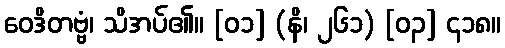
ဝေဒိတဗ္ဗံ၊ သိအပ်၏။ [၀၁] (နိ၊ ၂၆၁) [၀၃] ၄၁၈။